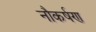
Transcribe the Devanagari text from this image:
नौकर्षण